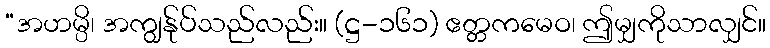
“အဟမ္ပိ၊ အကျွန်ုပ်သည်လည်း။ (ဋ္ဌ-၁၆၁) ဧတ္တကမေဝ၊ ဤမျှကိုသာလျှင်။